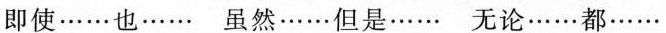
即使……也… 虽然……但是…… 无论……都……